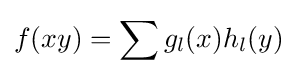
f(xy)=\sum g_{l}(x)h_{l}(y)